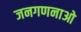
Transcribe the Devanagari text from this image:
जनगणनाओ